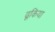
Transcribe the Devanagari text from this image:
ढूकिया